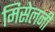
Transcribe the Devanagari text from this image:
मिसेलनी